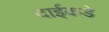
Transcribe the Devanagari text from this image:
दाईकडे